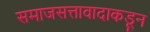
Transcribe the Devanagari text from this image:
समाजसत्तावादाकडून